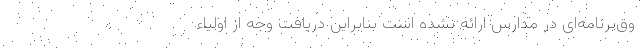
وق‌برنامه‌ای در مدارس ارائه نشده است بنابراین دریافت وجه از اولیاء